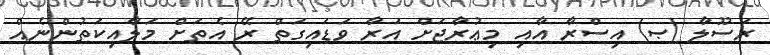
ރަސޫލާ (ޞ) އިސްރާ އާއި މިޢުރާޖަށް އަރާ ވަޑައިގަތް ރޭ އެތަށް މަލާއިކަތުންނެއް